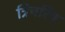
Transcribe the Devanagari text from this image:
त्रिचरित्र